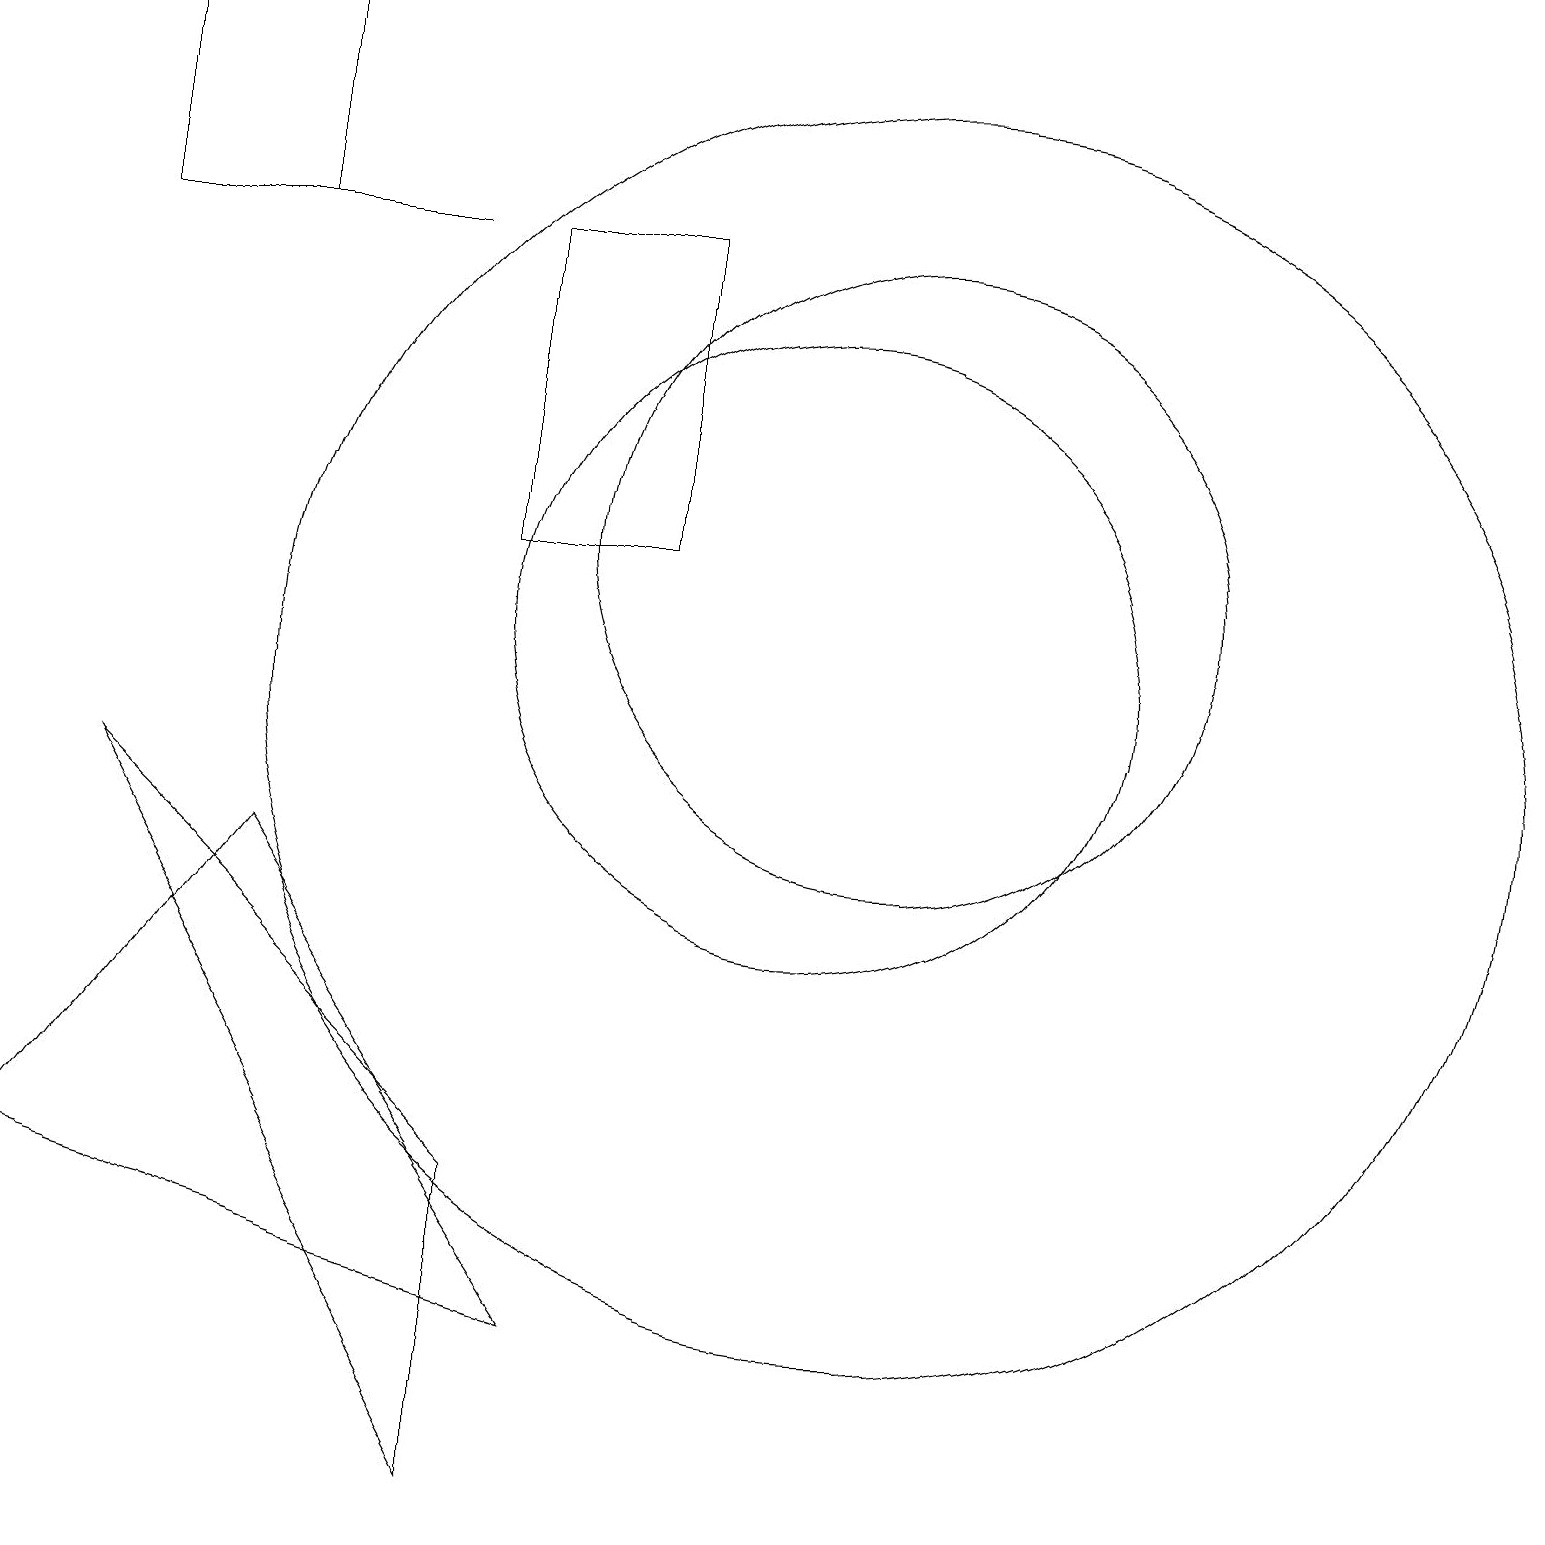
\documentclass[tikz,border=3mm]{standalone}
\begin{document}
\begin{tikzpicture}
\draw (8,16) rectangle (6,12);
\draw (5,16) rectangle (1,16);
\draw (6,4) -- (6,0) -- (1,9) -- cycle;
\draw (1,16) rectangle (3,19);
\draw (10,11) circle (4);
\draw (11,12) circle (4);
\draw (11,10) circle (8);
\draw (0,4) -- (7,2) -- (3,8) -- cycle;
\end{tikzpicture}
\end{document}